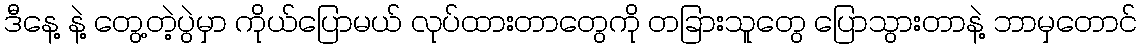
ဒီနေ့ နဲ့ တွေ့တဲ့ပွဲမှာ ကိုယ်ပြောမယ် လုပ်ထားတာတွေကို တခြားသူတွေ ပြောသွားတာနဲ့ ဘာမှတောင်